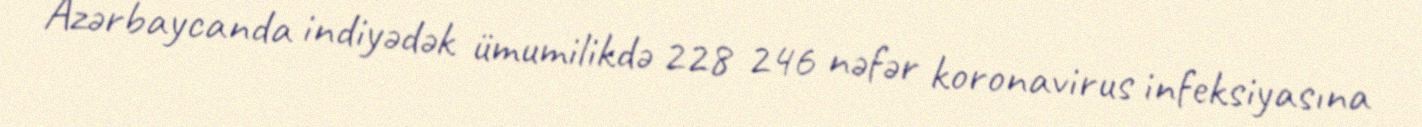
Azərbaycanda indiyədək ümumilikdə 228 246 nəfər koronavirus infeksiyasına